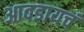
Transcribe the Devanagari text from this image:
आवडायचं